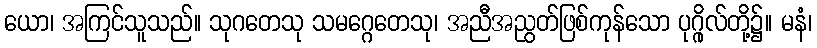
ယော၊ အကြင်သူသည်။ သုဂတေသု သမဂ္ဂေတေသု၊ အညီအညွတ်ဖြစ်ကုန်သော ပုဂ္ဂိုလ်တို့၌။ မနံ၊